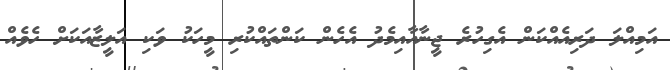
އަމިއްލަ ދަރިއެއްކަން އެގިހުރެ ޖީނާއާއިމެދު އެހެން ކަންތައްކުރި މީހަކު ވަކި އަލީޒާއަކަށް ހެވެއް